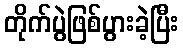
တိုက်ပွဲဖြစ်ပွားခဲ့ပြီး